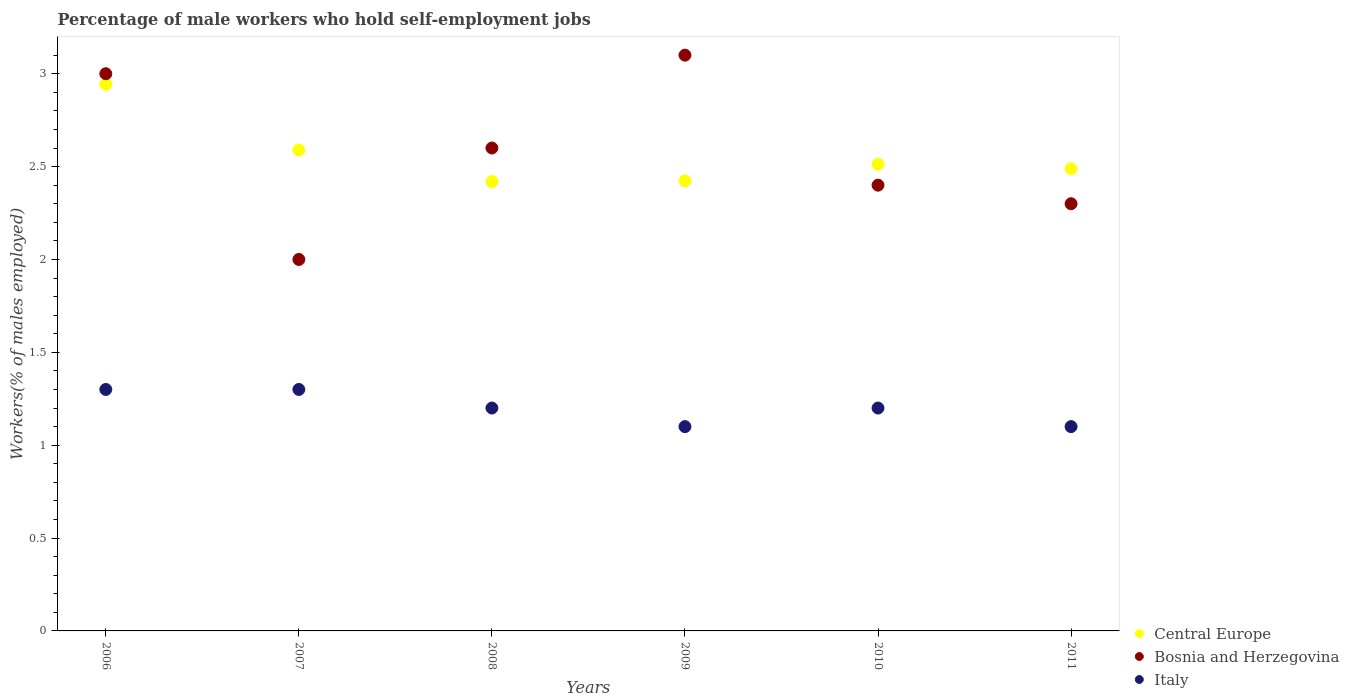
| Years | Central Europe | Bosnia and Herzegovina | Italy |
 | --- | --- | --- | --- |
 | 2006 | 2.94 | 3 | 1.3 |
 | 2007 | 2.59 | 2 | 1.3 |
 | 2008 | 2.42 | 2.6 | 1.2 |
 | 2009 | 2.42 | 3.1 | 1.1 |
 | 2010 | 2.51 | 2.4 | 1.2 |
 | 2011 | 2.49 | 2.3 | 1.1 |